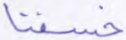
خسفنا